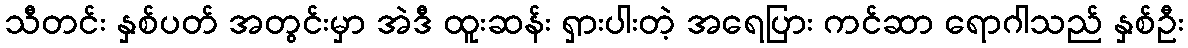
သီတင်း နှစ်ပတ် အတွင်းမှာ အဲဒီ ထူးဆန်း ရှားပါးတဲ့ အရေပြား ကင်ဆာ ရောဂါသည် နှစ်ဦး